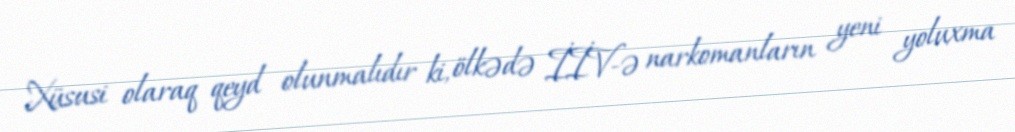
Xüsusi olaraq qeyd olunmalıdır ki, ölkədə İİV-ə narkomanların yeni yoluxma